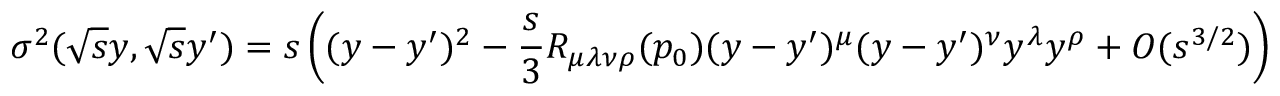
\sigma ^ { 2 } ( \sqrt { s } y , \sqrt { s } y ^ { \prime } ) = s \left( ( y - y ^ { \prime } ) ^ { 2 } - \frac s 3 R _ { \mu \lambda \nu \rho } ( p _ { 0 } ) ( y - y ^ { \prime } ) ^ { \mu } ( y - y ^ { \prime } ) ^ { \nu } y ^ { \lambda } y ^ { \rho } + O ( s ^ { 3 / 2 } ) \right) ~ ~ ~ ,